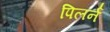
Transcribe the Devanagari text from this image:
पिलर्न